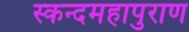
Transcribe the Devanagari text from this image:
स्कन्दमहापुराण